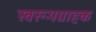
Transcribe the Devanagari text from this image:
स्वरूपग्राहक